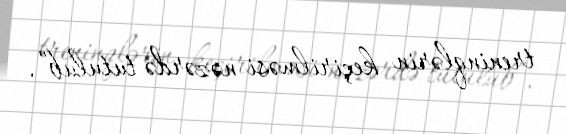
treninqlərin keçirilməsi nəzərdə tutulub”.